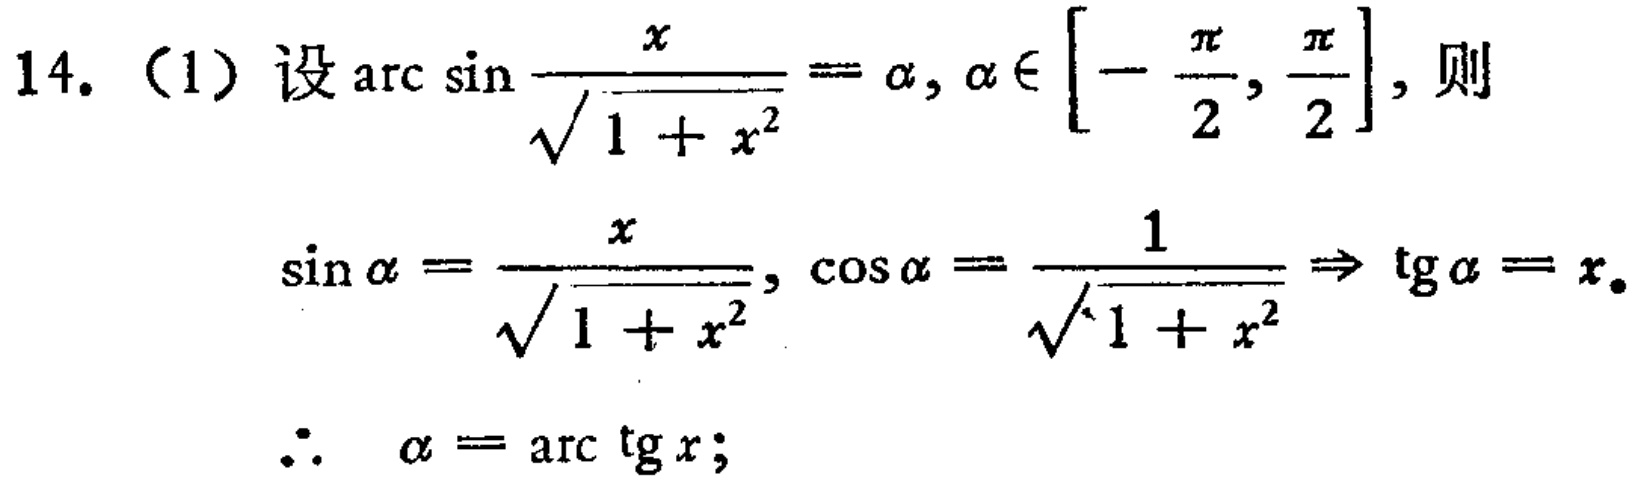
14. （1）设\(\arcsin\frac{x}{\sqrt{1 + x^{2}}}=\alpha,\alpha\in[-\frac{\pi}{2},\frac{\pi}{2}]\)，则
\[\sin\alpha=\frac{x}{\sqrt{1 + x^{2}}},\cos\alpha=\frac{1}{\sqrt{1 + x^{2}}}\Rightarrow\tan\alpha = x.\]
\[\therefore\ \alpha=\arctan x;\]